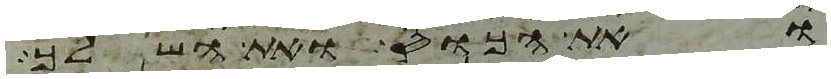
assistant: ואת הכוס ואת השלך